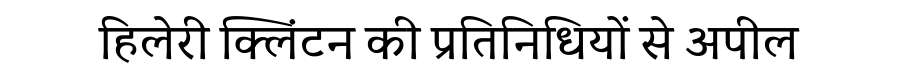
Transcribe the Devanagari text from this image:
हिलेरी क्लिंटन की प्रतिनिधियों से अपील